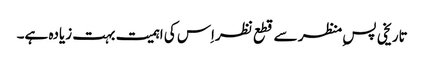
تاریخی پس ِمنظر سے قطع نظراِس کی اہمیت بہت زیادہ ہے۔